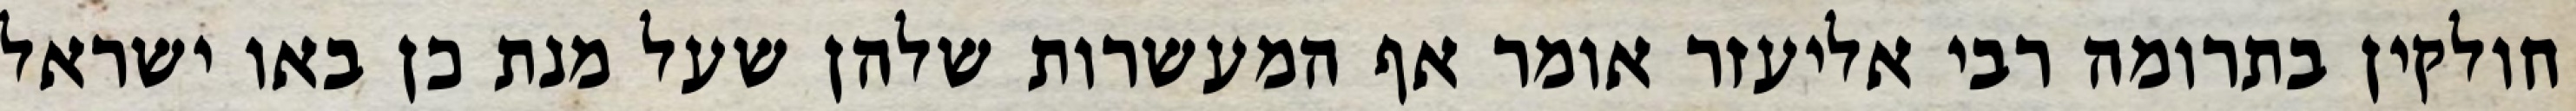
חולקין בתרומה רבי אליעזר אומר אף המעשרות שלהן שעל מנת כן באו ישראל